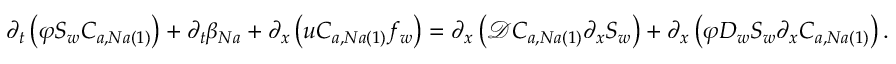
\partial _ { t } \left( \varphi S _ { w } C _ { a , N a \left( 1 \right) } \right) + \partial _ { t } \beta _ { N a } + \partial _ { x } \left( u C _ { a , N a \left( 1 \right) } f _ { w } \right) = \partial _ { x } \left( \mathcal { D } C _ { a , N a \left( 1 \right) } \partial _ { x } S _ { w } \right) + \partial _ { x } \left( \varphi D _ { w } S _ { w } \partial _ { x } C _ { a , N a \left( 1 \right) } \right) .